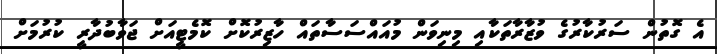
އެ ގޮތުން ސަރުކާރުގެ ވުޒާރާތަކާއި މިނިވަން މުއައްސަސާތައް ހާޒިރުކޮށް ކޮމެޓީއަށް ޖަވާބުދާރީ ކުރުމަށް